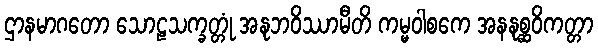
ဌာနမာဂတော သောဠသက္ခတ္တုံ အနုဘဝိဿာမီတိ ကမ္မဝါစကေ အနနုစ္ဆဝိကတ္တာ